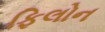
ફિલોન